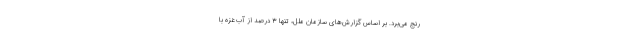
رنج می‌برد. بر اساس گزارش‌های سازمان ملل، تنها ۳ درصد از آب غزه با